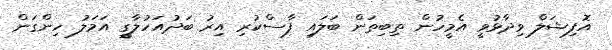
އޮފިޝަލް ވިދާޅުވީ އެމީހުން ތިބިތަން ބަލައި ފާސްކުރި އިރު ބަދުއަހުލާގީ އަމަލު ހިންގަން